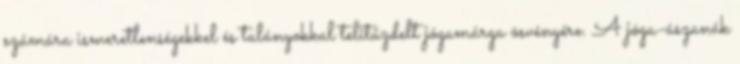
számára ismeretlenségekkel és talányokkal telitűzdelt jógamárga ösvényére. A jóga-ászanák